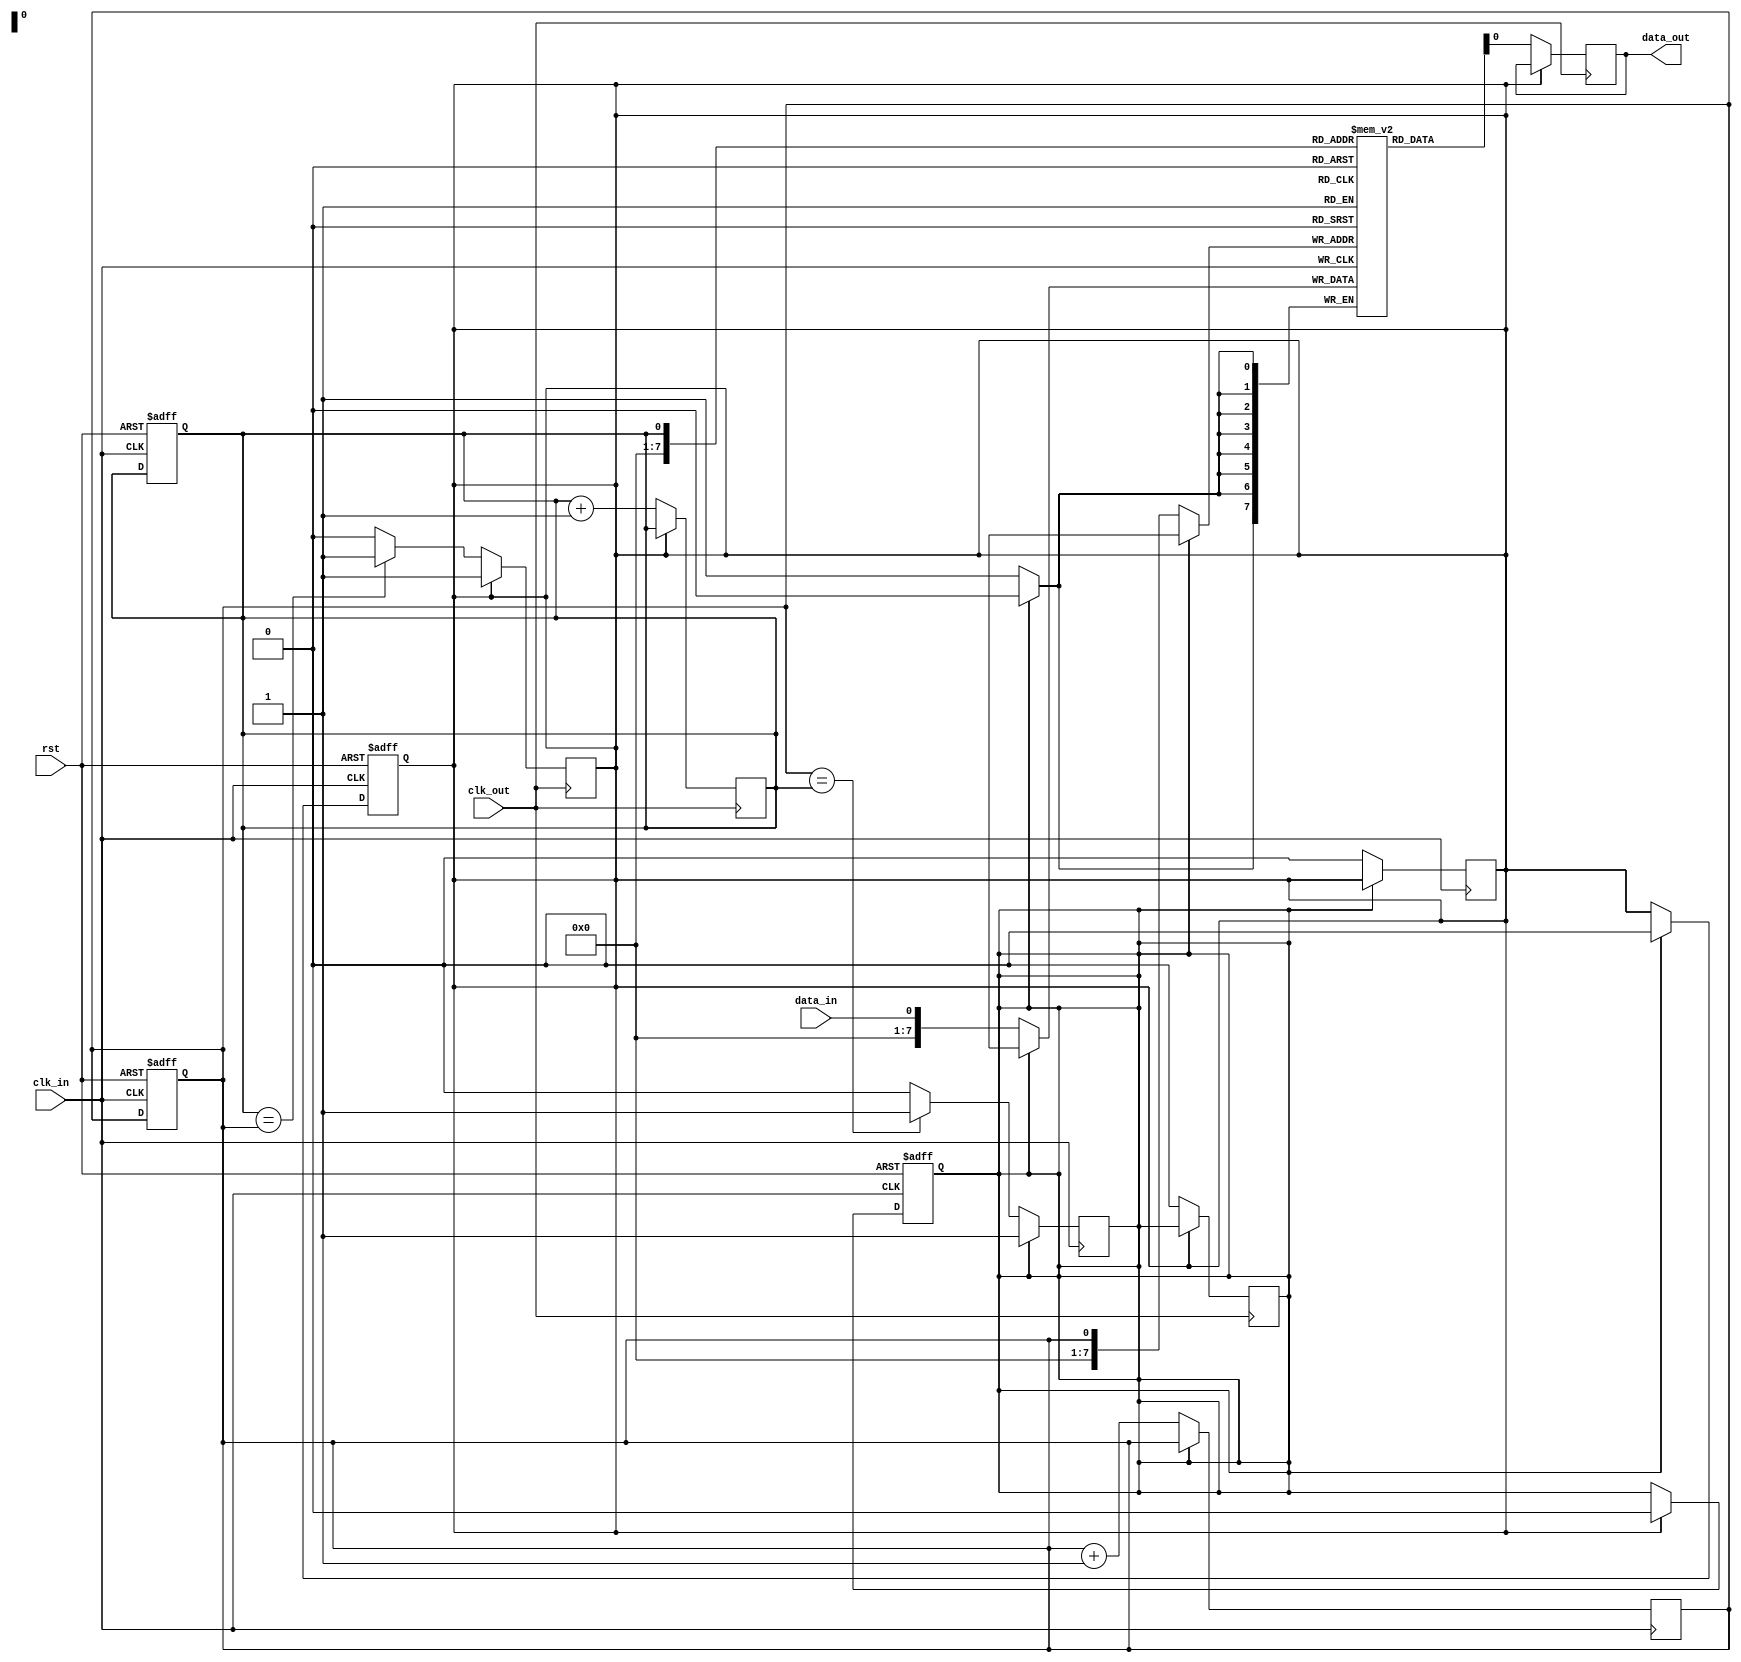
module LevelSensitiveFIFO (
  input wire clk_in,
  input wire clk_out,
  input wire rst,
  input wire data_in,
  output reg data_out
);

reg [7:0] fifo [0:255];
reg read_ptr = 0;
reg write_ptr = 0;
reg fifo_full = 0;
reg fifo_empty = 1;

always @(posedge clk_in or posedge rst) begin
  if (rst) begin
    read_ptr <= 0;
    write_ptr <= 0;
    fifo_full <= 0;
    fifo_empty <= 1;
  end else begin
    if (fifo_full) begin
      fifo_empty <= 0;
    end
    if (fifo_empty) begin
      fifo_full <= 0;
    end
  end
end

always @(posedge clk_in) begin
  if (!fifo_full) begin
    fifo[write_ptr] <= data_in;
    write_ptr <= write_ptr + 1;
    if (write_ptr == 255) begin
      write_ptr <= 0;
    end
    if (write_ptr == read_ptr) begin
      fifo_full <= 1;
    end
    fifo_empty <= 0;
  end
end

always @(posedge clk_out) begin
  if (!fifo_empty) begin
    data_out <= fifo[read_ptr];
    read_ptr <= read_ptr + 1;
    if (read_ptr == 255) begin
      read_ptr <= 0;
    end
    if (read_ptr == write_ptr) begin
      fifo_empty <= 1;
    end
    fifo_full <= 0;
  end
end

endmodule